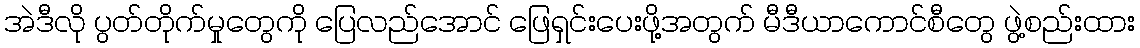
အဲဒီလို ပွတ်တိုက်မှုတွေကို ပြေလည်အောင် ဖြေရှင်းပေးဖို့အတွက် မီဒီယာကောင်စီတွေ ဖွဲ့စည်းထား